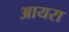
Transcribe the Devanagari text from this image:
आयरा